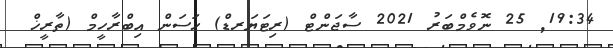
19:34